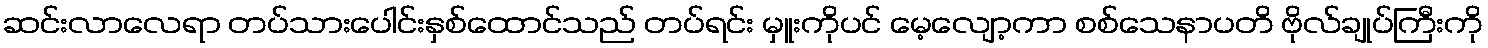
ဆင်းလာလေရာ တပ်သားပေါင်းနှစ်ထောင်သည် တပ်ရင်း မှူးကိုပင် မေ့လျော့ကာ စစ်သေနာပတိ ဗိုလ်ချုပ်ကြီးကို